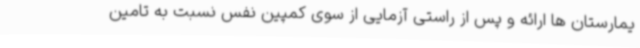
یمارستان ها ارائه و پس از راستی آزمایی از سوی کمپین‌ نفس نسبت به تامین